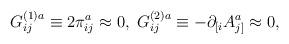
LaTeX: \begin{align*}G_{ij}^{(1)a}\equiv 2\pi _{ij}^{a}\approx 0,\;G_{ij}^{(2)a}\equiv -\partial_{[i}A_{j]}^{a}\approx 0, \end{align*}